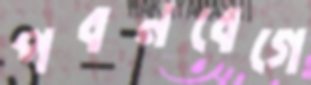
পবনবেগে